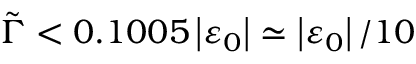
\tilde { \Gamma } < 0 . 1 0 0 5 \left\vert \varepsilon _ { 0 } \right\vert \simeq \left\vert \varepsilon _ { 0 } \right\vert / 1 0